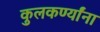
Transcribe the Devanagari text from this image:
कुलकर्ण्यांना